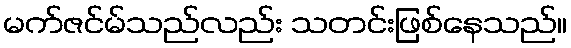
မက်ဇင်မ်သည်လည်း သတင်းဖြစ်နေသည်။